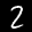
Label: 2